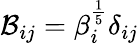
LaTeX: \mathcal{B}_{ij}=\beta_{i}^{\frac{1}{5}}\delta_{ij}